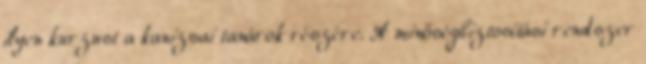
ilyen kurzust a kanizsai tanárok részére. A minőségbiztosítási rendszer